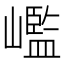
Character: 𡽳